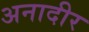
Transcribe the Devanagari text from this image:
अनादीर